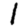
Digit: 1